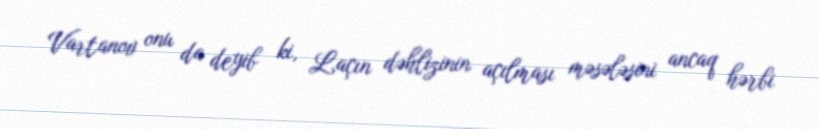
Vartanov onu da deyib ki, Laçın dəhlizinin açılması məsələsini ancaq hərbi